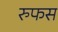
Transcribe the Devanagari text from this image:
रुफस